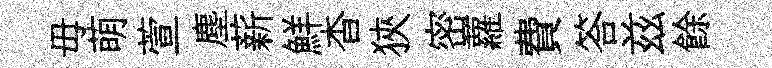
毋萌萱塵薪鮮杳狹密蘿費答兹餘